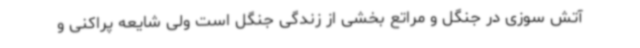
آتش سوزی در جنگل و مراتع بخشی از زندگی جنگل است ولی شایعه پراکنی و